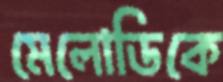
মেলোডিকে